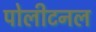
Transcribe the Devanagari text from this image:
पोलीटनल